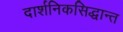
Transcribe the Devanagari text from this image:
दार्शनिकसिद्धान्त